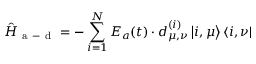
\hat { H } _ { \mathrm { ~ a ~ - ~ d ~ } } = - \sum _ { i = 1 } ^ { N } { \boldsymbol E } _ { a } ( t ) \cdot \boldsymbol d _ { \mu , \nu } ^ { ( i ) } \left| i , \mu \right> \left< i , \nu \right|